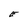
Character: E